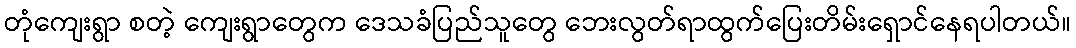
တုံကျေးရွာ စတဲ့ ကျေးရွာတွေက ဒေသခံပြည်သူတွေ ဘေးလွတ်ရာထွက်ပြေးတိမ်းရှောင်နေရပါတယ်။